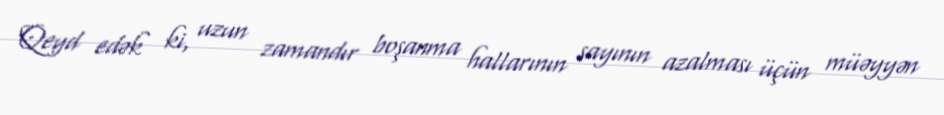
Qeyd edək ki, uzun zamandır boşanma hallarının sayının azalması üçün müəyyən